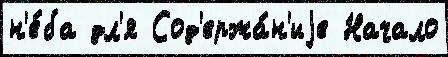
н'е́ба дл'я Сод'ержа́н'иjе Начало